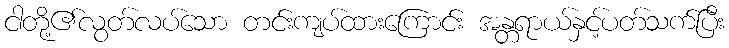
ငါတို့၏လွတ်လပ်သော တင်းကျပ်ထားကြောင်း အန္တရာယ်နှင့်ပတ်သက်ပြီး